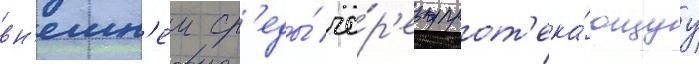
вн'ешн'еи ср'еды́ че́р'ез прот'ека́ющуу